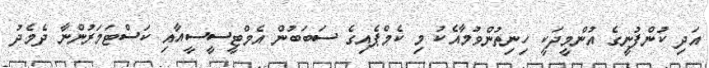
އަދި ކުންފުނީގެ އުންމީދަކީ ހިނިތުންވުމާއެކު މި ކެމްޕެއިގެ ސަބަބުން އެމްޓީސީސީއާއި ކަސްޓަމަރުންނާ ދެމެދު